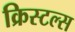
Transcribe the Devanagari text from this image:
क्रिस्टल्स